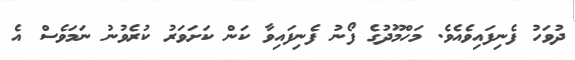
ދުވަހު ފެނިފައިވެއެވެ. މަހްމޫދުގެ ފޯނު ފެނިފައިވާ ކަން ކަށަވަރު ކުރެވުނު ނަމަވެސް އެ